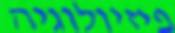
פיזיולוגיה